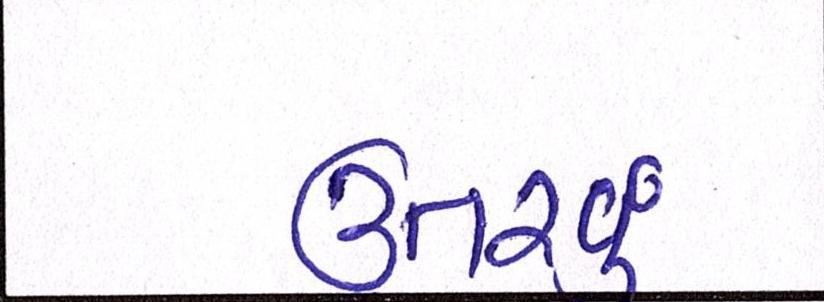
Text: ઉતરવું